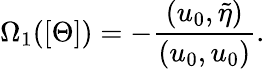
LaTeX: \Omega_{1}([\Theta])=-\frac{(u_{0},\tilde{\eta})}{(u_{0},u_{0})}.